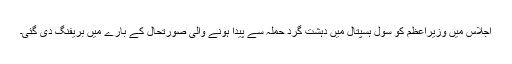
اجلاس میں وزیراعظم کو سول ہسپتال میں دہشت گرد حملہ سے پیدا ہونے والی صورتحال کے بارے میں بریفنگ دی گئی۔